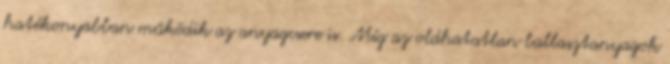
hatékonyabban működik az anyagcsere is. Míg az oldhatatlan ballasztanyagok